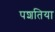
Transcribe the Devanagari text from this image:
पशतिया